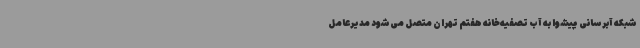
شبکه آبرسانی ‌پیشوا به آب تصفیه‌خانه هفتم تهران متصل می‌شود ‌مدیرعامل